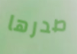
صدرها